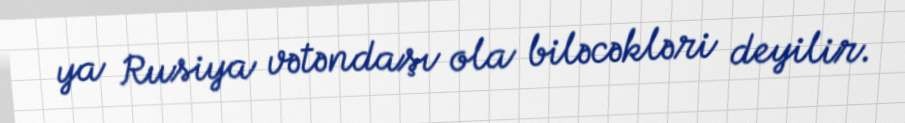
ya Rusiya vətəndaşı ola biləcəkləri deyilir.